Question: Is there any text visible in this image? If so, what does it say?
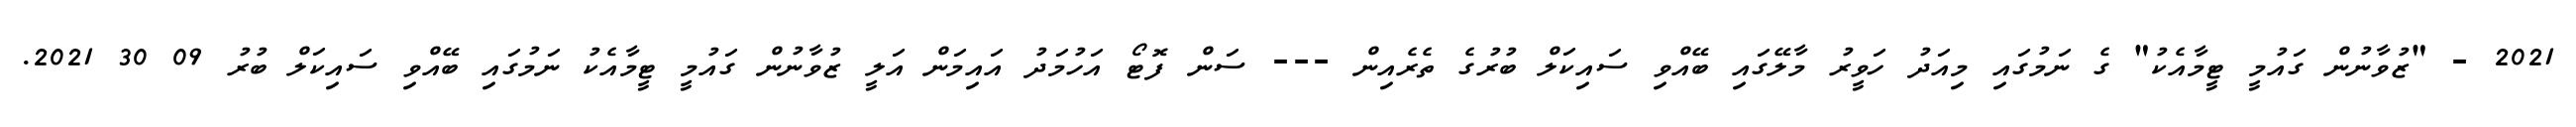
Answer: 2021 - "ޒުވާނުން ގައުމީ ޓީމާއެކު" ގެ ނަމުގައި މިއަދު ހަވީރު މާލޭގައި ބޭއްވި ސައިކަލް ބުރުގެ ތެރެއިން --- ސަން ފޮޓޯ އަހުމަދު އައިމަން އަލީ ޒުވާނުން ގައުމީ ޓީމާއެކު ނަމުގައި ބޭއްވި ސައިކަލް ބުރު 09 30 2021.